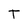
Character: T